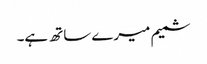
شمیم میرے ساتھ ہے۔